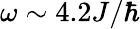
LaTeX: \omega\sim 4.2J/\hbar